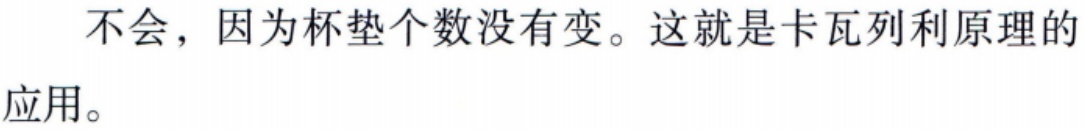
不会，因为杯垫个数没有变。这就是卡瓦列利原理的应用。